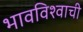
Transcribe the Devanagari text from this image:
भावविश्वाची